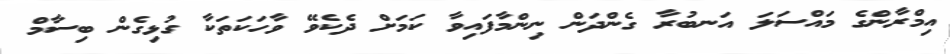
އިމްރާންގެ މައްސަލަ އަނބުރާ ގެންދަން ނިންމާފައިވާ ކަމަށް ދެކެވޭ ވާހަކަތަކާ ގުޅިގެން ބިސާމް